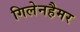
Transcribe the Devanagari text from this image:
गिलेनहैमर